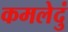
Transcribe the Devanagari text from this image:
कमलेदुं